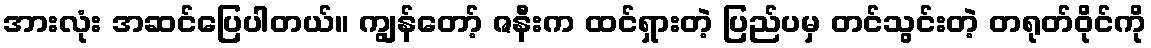
အားလုံး အဆင်ပြေပါတယ်။ ကျွန်တော့် ဇနီးက ထင်ရှားတဲ့ ပြည်ပမှ တင်သွင်းတဲ့ တရုတ်ဝိုင်ကို